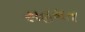
સહમત